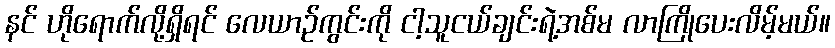
နင် ဟိုရောက်လို့ရှိရင် လေယာဉ်ကွင်းကို ငါ့သူငယ်ချင်းရဲ့အစ်မ လာကြိုပေးလိမ့်မယ်။